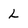
Character: L